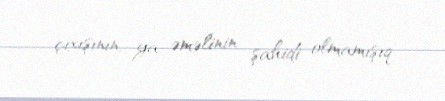
çıxışının, ya əməlinin şahidi olmamışıq.